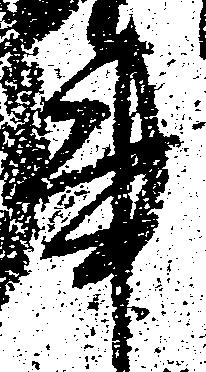
事